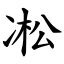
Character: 凇